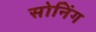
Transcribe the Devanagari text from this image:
सोनिंग